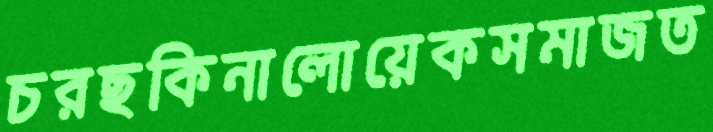
চরছকিনালোয়েকসমাজত